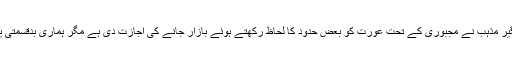
اس عالمگیر مذہب نے مجبوری کے تحت عورت کو بعض حدود کا لحاظ رکھتے ہوئے بازار جانے کی اجازت دی ہے مگر ہماری بدقسمتی یہ ہے کہ